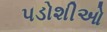
પડોશીઓ